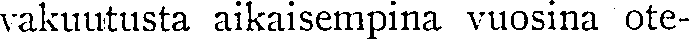
vakuutusta aikaisempina vuosina ote-